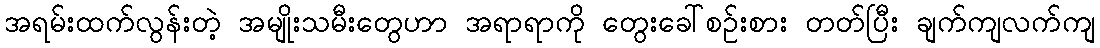
အရမ်းထက်လွန်းတဲ့ အမျိုးသမီးတွေဟာ အရာရာကို တွေးခေါ်စဉ်းစား တတ်ပြီး ချက်ကျလက်ကျ